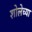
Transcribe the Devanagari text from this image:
शोलेच्या